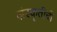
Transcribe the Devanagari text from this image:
संस्कॄतीची